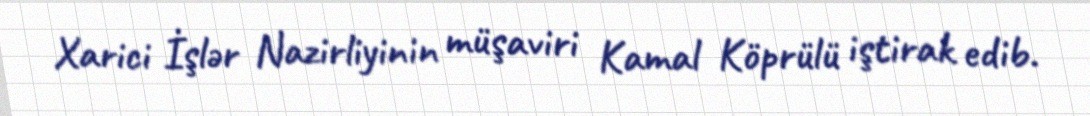
Xarici İşlər Nazirliyinin müşaviri Kamal Köprülü iştirak edib.